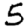
Digit: 5